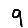
Digit: 9